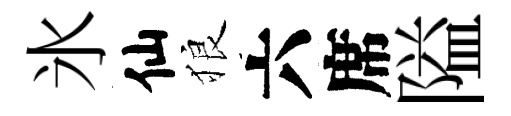
氷仙狼六席隘